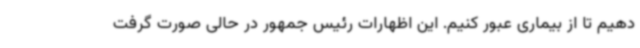
دهیم تا از بیماری عبور کنیم. این اظهارات رئیس جمهور در حالی صورت گرفت